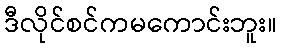
ဒီလိုင်စင်ကမကောင်းဘူး။